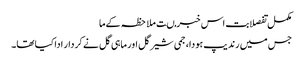
مکمل تفصلابت اس خبر مںت ملاحظہ کےما
جس میں رندیپ ہودا، جمی شیرگل اور ماہی گل نے کردار ادا کیا تھا۔